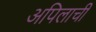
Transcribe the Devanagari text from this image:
अपिलाची